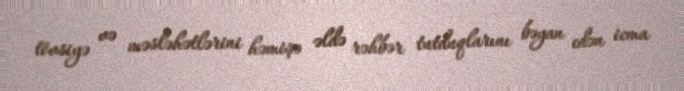
tövsiyə və məsləhətlərini həmişə əldə rəhbər tutduqlarını bəyan edən icma